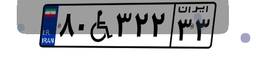
۸۰W۳۲۲۳۳